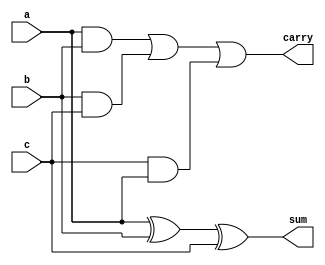
module full_adder_gate_flow(a,b,c,sum,carry);
input a,b,c;
output sum,carry;
wire w1,w2,w3,w4;
xor (w1,a,b);
xor (sum,w1,c);
and (w2,a,b);
and (w3,b,c);
and (w4,c,a);
or (carry,w2,w3,w4);
endmodule

////////////////////////////////////// TEST BENCH////////////////////////////////
module full_adder_gate_flowtb();
reg a,b,c;
wire sum,carry;
full_adder_gate_flow  g1(a,b,c,sum,carry);
initial
	begin
		a=0;b=0;c=0;
#10	a=0;b=0;c=1;
#10	a=0;b=1;c=0;
#10	a=0;b=1;c=1;
#10	a=1;b=0;c=0;
#10	a=1;b=0;c=1;
#10	a=1;b=1;c=0;
#10	a=1;b=1;c=1;
#10	
$stop;
end
endmodule